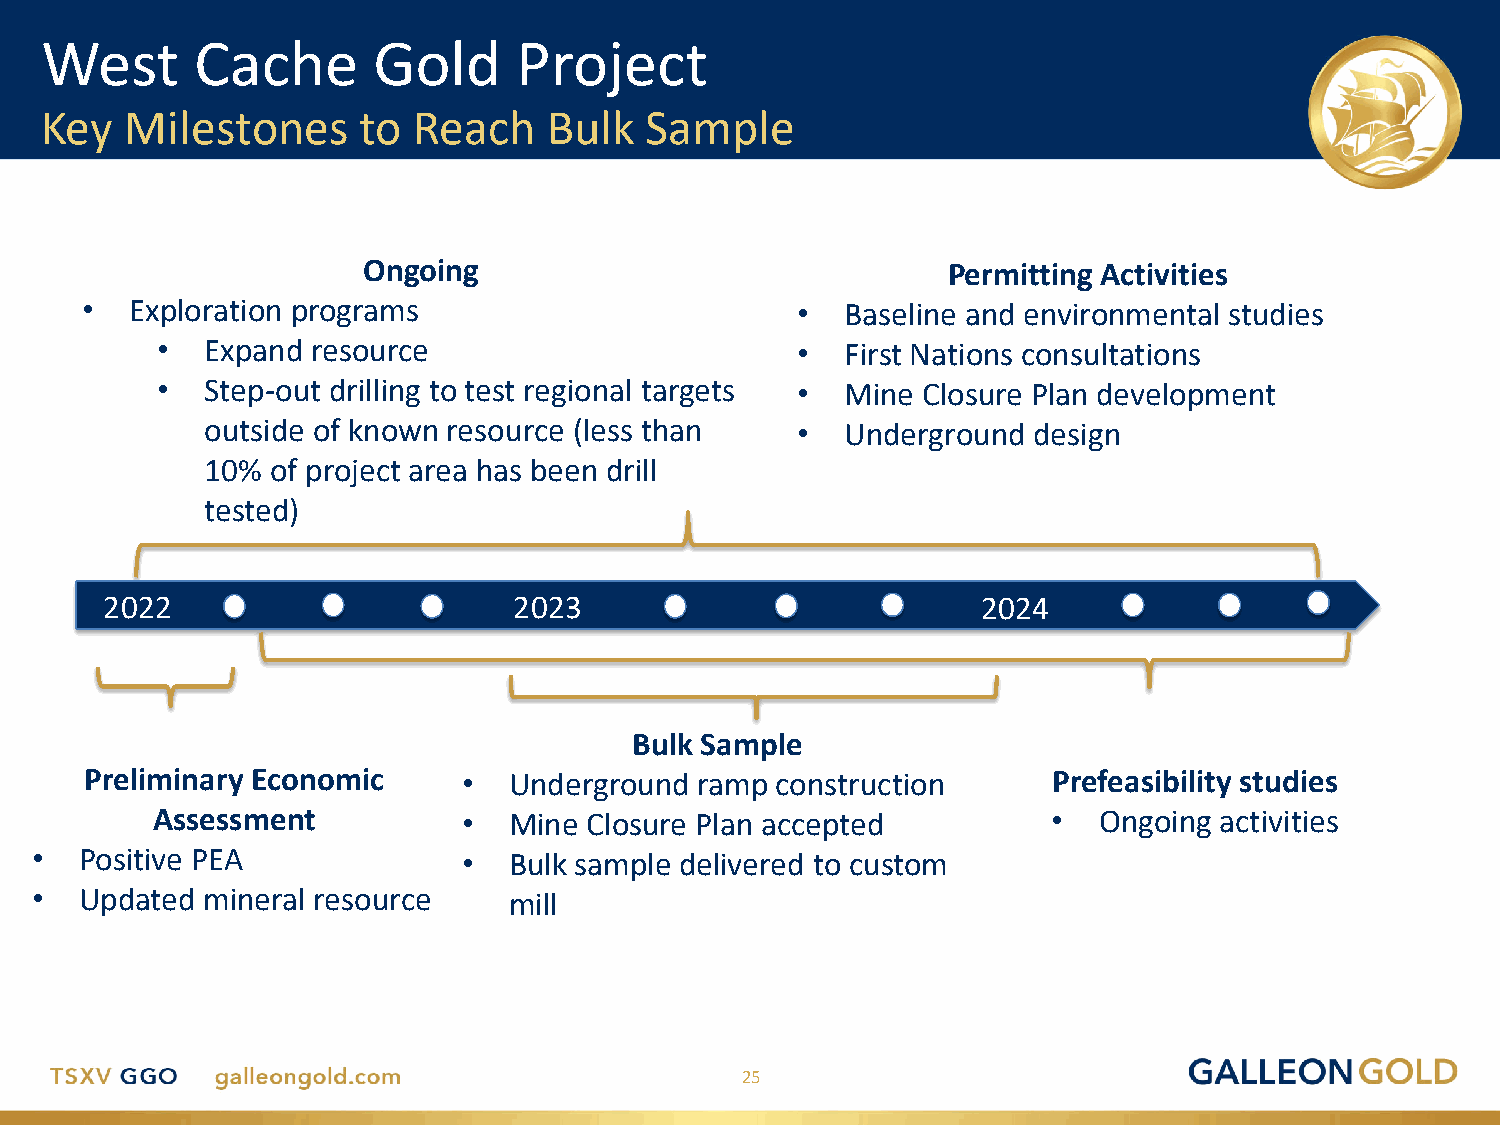
West      Cache       Gold     Project
 Key  Milestones      to Reach    Bulk   Sample
 Ongoing                                Permitting Activities
 •   Exploration programs                        •  Baseline and environmental studies
 •   Expand resource                        •  First Nations consultations
 •   Step-out drilling to test regional targets • Mine Closure Plan development
 outside of known resource (less than   •  Underground design
 10% of project area has been drill
 tested)
 2022                       2023                           2024
 Bulk Sample
 Preliminary Economic     •  Underground ramp construction       Prefeasibility studies
 Assessment           •  Mine Closure Plan accepted          •  Ongoing activities
 Permitting
 •  Positive PEA              •  Bulk sample delivered to custom
 •  Updated mineral resource     mill
 25